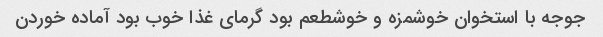
جوجه با استخوان خوشمزه و خوشطعم بود گرمای غذا خوب بود آماده خوردن